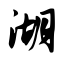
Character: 湖